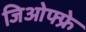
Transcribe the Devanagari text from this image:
जिओफ्फ्रे